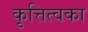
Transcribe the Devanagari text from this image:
कृत्तित्वका